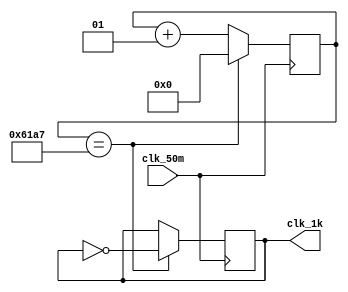
module Clk_1k(clk_50m,clk_1k);
input clk_50m;
output reg clk_1k;
integer cnt=0;

always@(posedge clk_50m)
if(cnt == 24999)begin
cnt<=0;
clk_1k<=~clk_1k;
end
else
cnt <= cnt +1;

endmodule